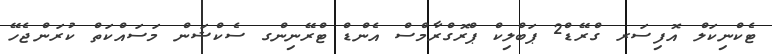
ޓެކްނިކަލް އޮފިސަރ ގްރޭޑް2 ޕަބްލިކް ޕްރޮގްރާމްސް އެންޑް ޓްރޭނިންގ ސެކްޝަން މަސައްކަތް ކުރަންޖެހޭ